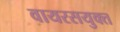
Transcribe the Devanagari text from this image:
वायरसयुक्त